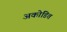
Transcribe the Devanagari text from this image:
अकोडित